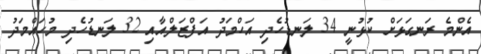
އެންމެ ރަނގަޅަށް ކުޅުނީ 34 ލަނޑުހެދި އަހްމަދު އަފްޒަލްއާއި 32 ލަނޑުހެދި މުހައްމަދު